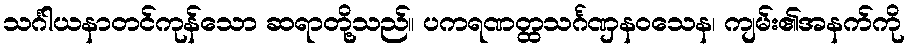
သင်္ဂါယနာတင်ကုန်သော ဆရာတို့သည်။ ပကရဏတ္ထသင်္ဂဏှနဝသေန၊ ကျမ်း၏အနက်ကို